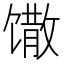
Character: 馓